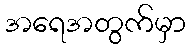
အရေအတွက်မှာ